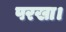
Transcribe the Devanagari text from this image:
परखा।